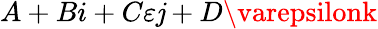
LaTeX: A+Bi+C\varepsilon\mathit{j}+D\varepsilonk